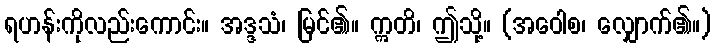
ရဟန်းကိုလည်းကောင်း။ အဒ္ဒသံ၊ မြင်၏။ ဣတိ၊ ဤသို့။ (အဝေါစ၊ လျှောက်၏။)